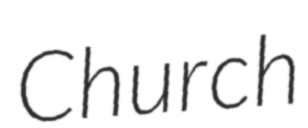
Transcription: Church